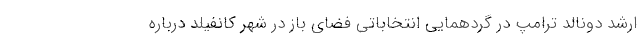
ارشد دونالد ترامپ در گردهمایی انتخاباتی فضای باز در شهر کانفیلد درباره